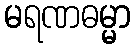
မရဏဓမ္မာ